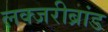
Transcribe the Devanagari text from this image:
लक्जरीब्रांड